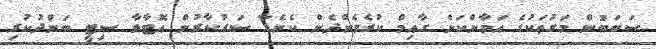
ސަބަބުން މަގުތަކުގެ އަމާންކަން ގާއިމް ކުރެވެންދެން ކެނެޑާ ސަރުކާރުން އޮޓާވާ ސިޓީ ބަންދުކުރި